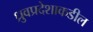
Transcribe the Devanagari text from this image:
ध्रुवप्रदेशाकडील